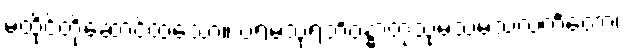
မထိုင်တို့ဆောင်ထသော။ ပရမသုရဘိဝန္ဓာတုသုမသမသလင်္ကတော၊